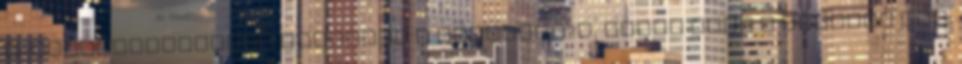
e-kereskedelemben Megújult a McDonald?s, egyre több a vásárló MNB: